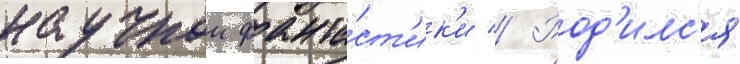
научнои фанта́ст'ик'и // Род'илс'я